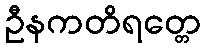
ဦနကတိရတ္တေ